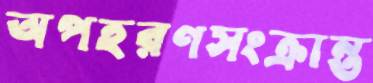
অপহরণসংক্রান্ত